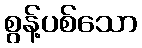
စွန့်ပစ်သော